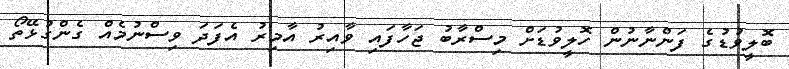
ބޮލީވުޑުގެ ފަންނާނުން ހޮލީވުޑަށް މިސްރާބު ޖަހާފައި ވާއިރު އާމިރު އެފަދަ ވިސްނުމެއް ގެންގުޅޭތޯ